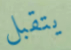
يتقبل